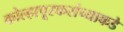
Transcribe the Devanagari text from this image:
कोल्हापूरकरांच्याकडे